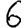
Digit: 6